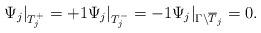
LaTeX: \begin{align*} \Psi_j|_{T_{j}^+} = +1 \Psi_j|_{T_{j}^-} = -1 \Psi_j|_{\Gamma \backslash\overline T_j} = 0.\end{align*}